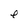
Character: e